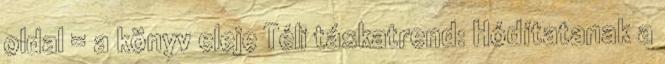
oldal = a könyv eleje Téli táskatrend: Hódítatanak a